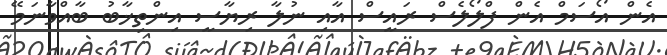
އެން އޯސަމް އެން ފްލޯލެސް ރައީސް އާއި ނުލާ ރިޔާސީ އިންތިޚާބު ބާއްވާނަމޭ